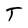
Character: T